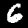
Digit: 6